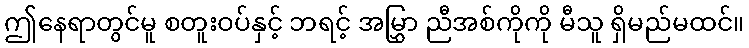
ဤနေရာတွင်မူ စတူးဝပ်နှင့် ဘရင့် အမြွှာ ညီအစ်ကိုကို မီသူ ရှိမည်မထင်။